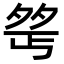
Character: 𪤺